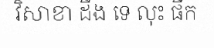
វិសាខា ដឹង ទេ លុះ ផឹក